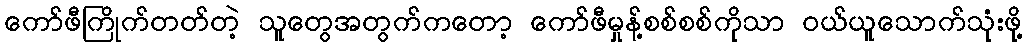
ကော်ဖီကြိုက်တတ်တဲ့ သူတွေအတွက်ကတော့ ကော်ဖီမှုန့်စစ်စစ်ကိုသာ ဝယ်ယူသောက်သုံးဖို့